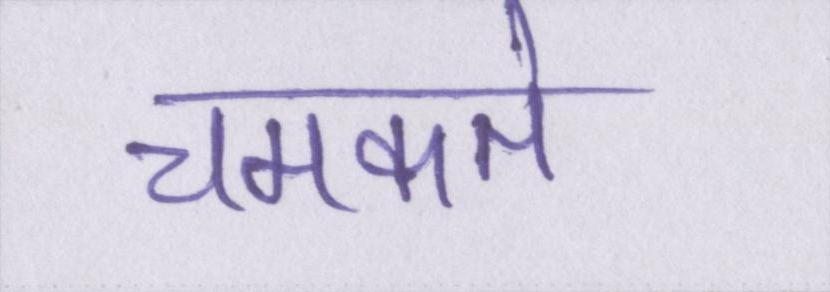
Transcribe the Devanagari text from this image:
चमकते